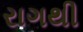
રાગથી